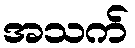
အသက်